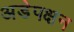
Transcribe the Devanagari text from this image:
अडेपक्षन